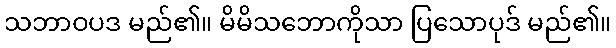
သဘာဝပဒ မည်၏။ မိမိသဘောကိုသာ ပြသောပုဒ် မည်၏။